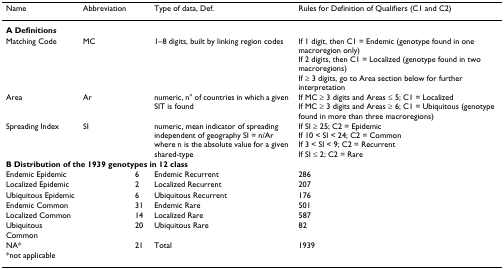
<table><thead><tr><td><b>Name</b></td><td><b>Abbreviation</b></td><td></td><td><b>Type of data, Def.</b></td><td><b>Rules for Definition of Qualifiers (C1 and C2)</b></td></tr></thead><tbody><tr><td colspan="5"><b>A Definitions</b></td></tr><tr><td>Matching Code</td><td>MC</td><td></td><td>1–8 digits, built by linking region codes</td><td>If 1 digit, then C1 = Endemic (genotype found in one macroregion only)If 2 digits, then C1 = Localized (genotype found in two macroregions)If ≥ 3 digits, go to Area section below for further interpretation</td></tr><tr><td>Area</td><td>Ar</td><td></td><td>numeric, n° of countries in which a given SIT is found</td><td>If MC ≥ 3 digits and Areas ≤ 5; C1 = LocalizedIf MC ≥ 3 digits and Areas ≥ 6; C1 = Ubiquitous (genotype found in more than three macroregions)</td></tr><tr><td>Spreading Index</td><td>SI</td><td></td><td>numeric, mean indicator of spreading independent of geography SI = n/Ar where n is the absolute value for a given shared-type</td><td>If SI ≥ 25; C2 = EpidemicIf 10 &lt; SI &lt; 24; C2 = CommonIf 3 &lt; SI &lt; 9; C2 = RecurrentIf SI ≤ 2; C2 = Rare</td></tr><tr><td colspan="5"><b>B Distribution of the 1939 genotypes in 12 class</b></td></tr><tr><td>Endemic Epidemic</td><td></td><td>6</td><td>Endemic Recurrent</td><td>286</td></tr><tr><td>Localized Epidemic</td><td></td><td>2</td><td>Localized Recurrent</td><td>207</td></tr><tr><td>Ubiquitous Epidemic</td><td></td><td>6</td><td>Ubiquitous Recurrent</td><td>176</td></tr><tr><td>Endemic Common</td><td></td><td>31</td><td>Endemic Rare</td><td>501</td></tr><tr><td>Localized Common</td><td></td><td>14</td><td>Localized Rare</td><td>587</td></tr><tr><td>Ubiquitous Common</td><td></td><td>20</td><td>Ubiquitous Rare</td><td>82</td></tr><tr><td>NA*</td><td></td><td>21</td><td>Total</td><td>1939</td></tr><tr><td>*not applicable</td><td></td><td></td><td></td><td></td></tr></tbody></table>